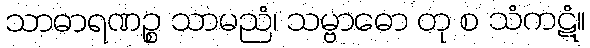
သာဓာရဏဉ္စ သာမညံ၊ သမ္ဗာဓော တု စ သံကဋံ။